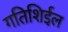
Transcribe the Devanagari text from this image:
गतिशिईल